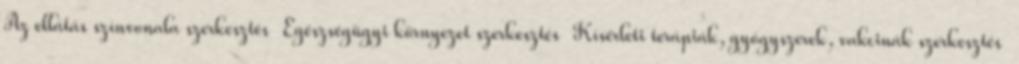
Az ellátás színvonala szerkesztés Egészségügyi környezet szerkesztés Kísérleti terápiák, gyógyszerek, vakcinák szerkesztés